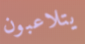
يتلاعبون